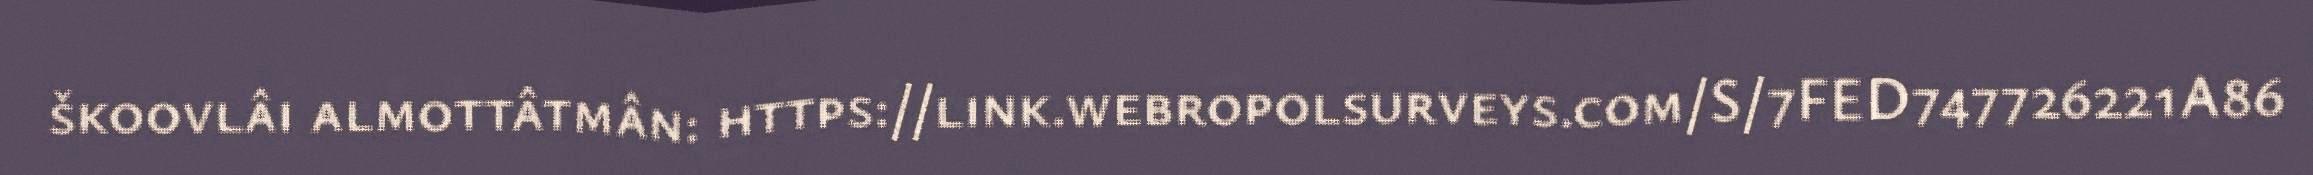
škoovlâi almottâtmân: https://link.webropolsurveys.com/S/7FED747726221A86